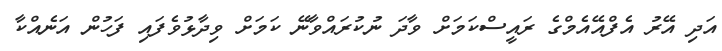
އަދި އޭރު އެފްއޭއެމްގެ ރައީސްކަމަށް ވާދަ ނުކުރައްވާނޭ ކަމަށް ވިދާޅުވެފައި ފަހުން އަނެއްކާ